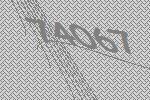
74067